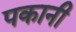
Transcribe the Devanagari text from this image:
पकानी